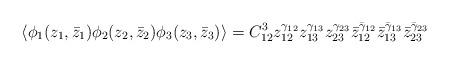
LaTeX: \begin{align*}\langle \phi _{1}(z_{1},\bar{z}_{1})\phi _{2}(z_{2},\bar{z}_{2})\phi _{3}(z_{3},\bar{z}_{3})\rangle =C_{12}^{3}z_{12}^{\gamma _{12}}z_{13}^{\gamma _{13}}z_{23}^{\gamma _{23}}\bar{z}_{12}^{\bar{\gamma }_{12}}\bar{z}_{13}^{\bar{\gamma }_{13}}\bar{z}_{23}^{\bar{\gamma }_{23}}\end{align*}